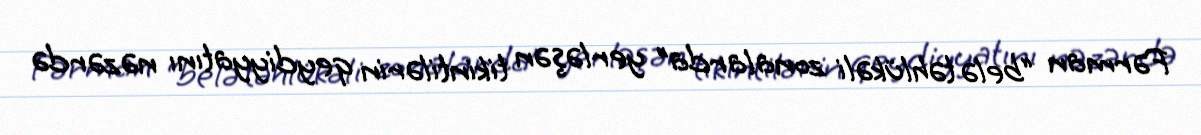
Fərman “belə təhlükəli zonalarda” yerləşən tikintilərin qeydiyyatını nəzərdə